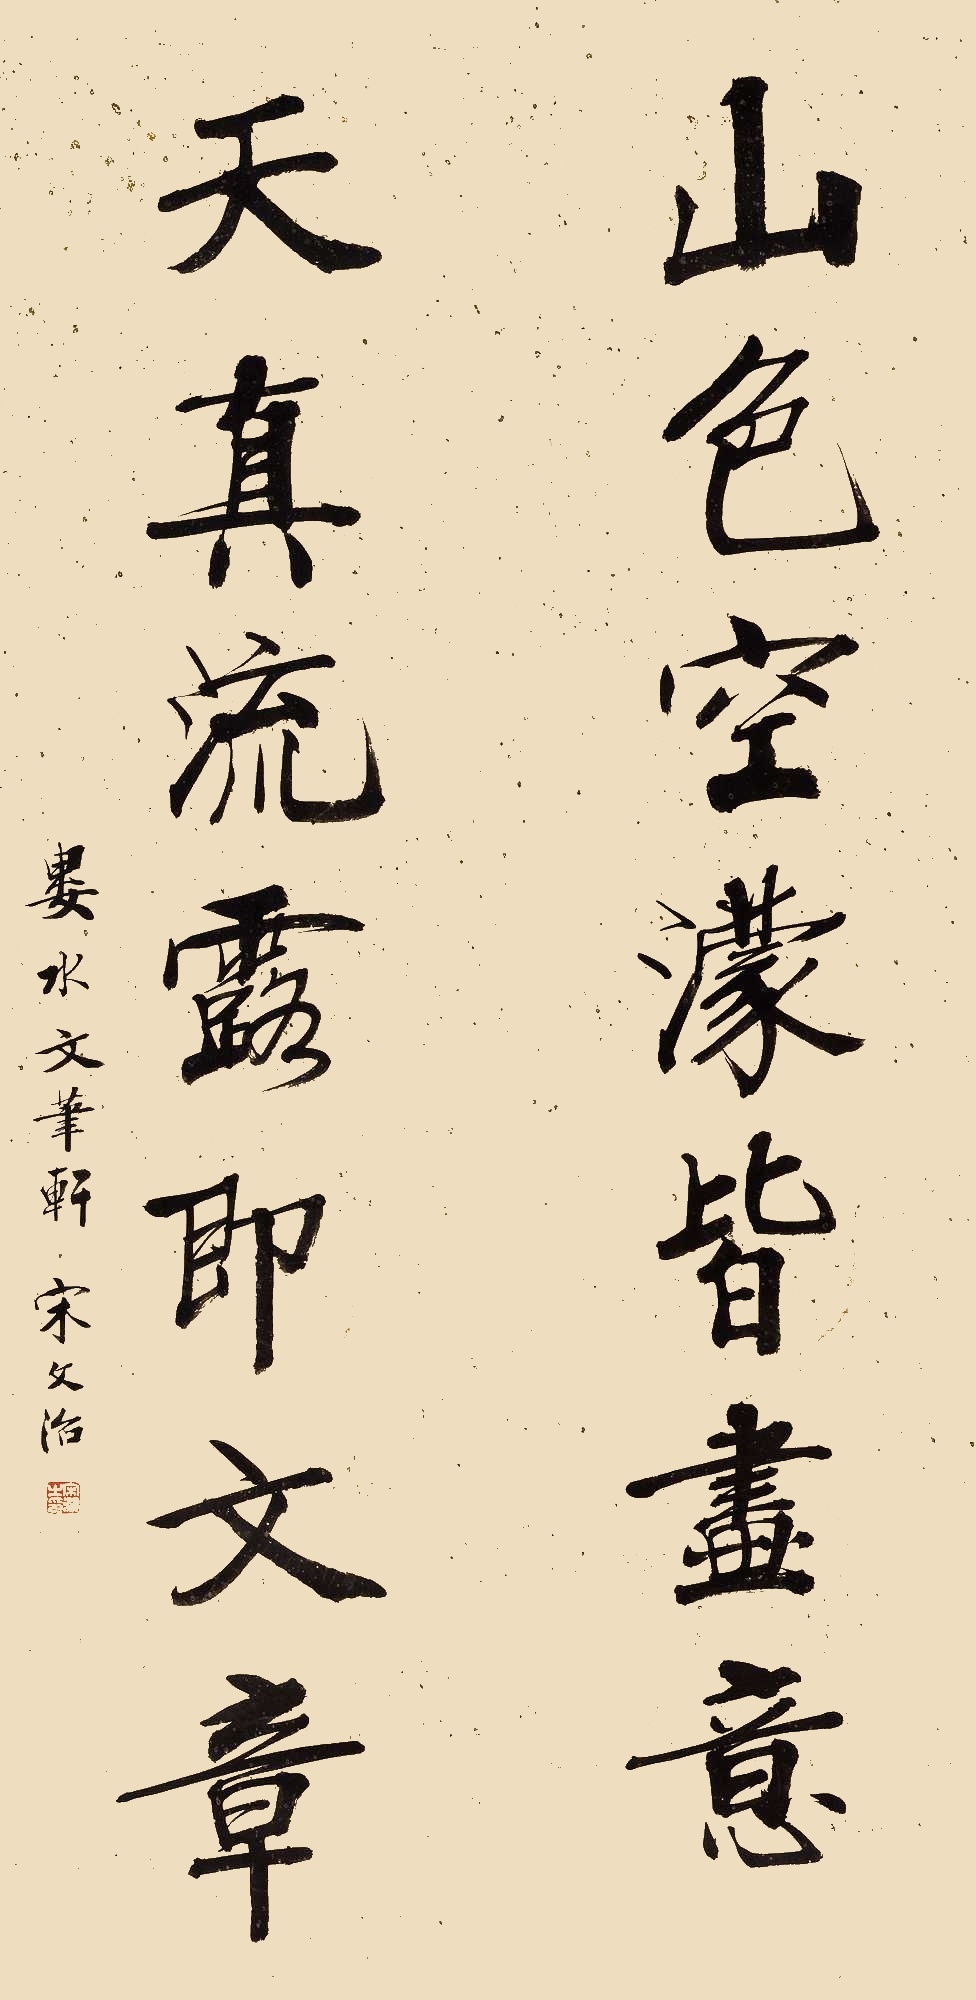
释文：山色空蒙皆画意，天真流露即文章。娄水文笔轩宋文治。